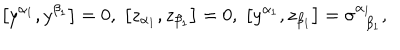
\left[ y ^ { \alpha _ { 1 } } , y ^ { \beta _ { 1 } } \right] = 0 , \; \left[ z _ { \alpha _ { 1 } } , z _ { \beta _ { 1 } } \right] = 0 , \; \left[ y ^ { \alpha _ { 1 } } , z _ { \beta _ { 1 } } \right] = \sigma _ { \; \; \beta _ { 1 } } ^ { \alpha _ { 1 } } ,